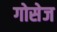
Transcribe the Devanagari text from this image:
गोसेज